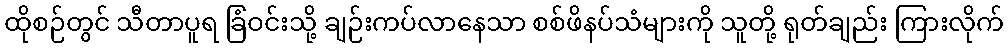
ထိုစဉ်တွင် သီတာပူရ ခြံဝင်းသို့ ချဉ်းကပ်လာနေသာ စစ်ဖိနပ်သံများကို သူတို့ ရုတ်ချည်း ကြားလိုက်